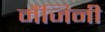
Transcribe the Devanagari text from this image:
मैंजिनी